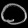
Digit: ၀